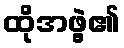
ထိုအဖွဲ့၏